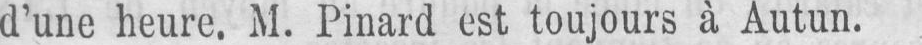
d’une heure. M. Pinard est toujours à Autun.